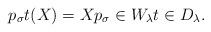
LaTeX: \begin{align*} p_\sigma t(X) = Xp_\sigma\in W_\lambda t\in D_\lambda. \end{align*}